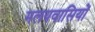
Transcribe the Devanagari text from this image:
मलयवासियों